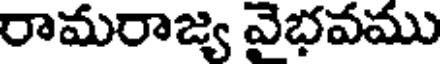
రామరాజ్య వైభవము